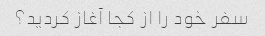
سفر خود را از کجا آغاز کردید؟